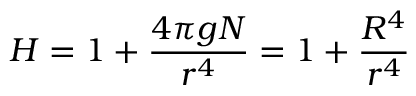
H = 1 + \frac { 4 \pi g N } { r ^ { 4 } } = 1 + \frac { R ^ { 4 } } { r ^ { 4 } }